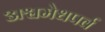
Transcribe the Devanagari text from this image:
अश्वमेधपर्व